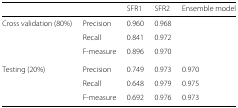
<table><thead><tr><td></td><td></td><td><b>SFR1</b></td><td><b>SFR2</b></td><td><b>Ensemble model</b></td></tr></thead><tbody><tr><td>Cross validation (80%)</td><td>Precision</td><td>0.960</td><td>0.968</td><td></td></tr><tr><td></td><td>Recall</td><td>0.841</td><td>0.972</td><td></td></tr><tr><td></td><td>F-measure</td><td>0.896</td><td>0.970</td><td></td></tr><tr><td>Testing (20%)</td><td>Precision</td><td>0.749</td><td>0.973</td><td>0.970</td></tr><tr><td></td><td>Recall</td><td>0.648</td><td>0.979</td><td>0.975</td></tr><tr><td></td><td>F-measure</td><td>0.692</td><td>0.976</td><td>0.973</td></tr></tbody></table>